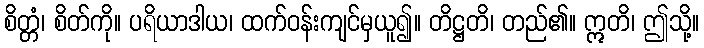
စိတ္တံ၊ စိတ်ကို။ ပရိယာဒါယ၊ ထက်ဝန်းကျင်မှယူ၍။ တိဋ္ဌတိ၊ တည်၏။ ဣတိ၊ ဤသို့။